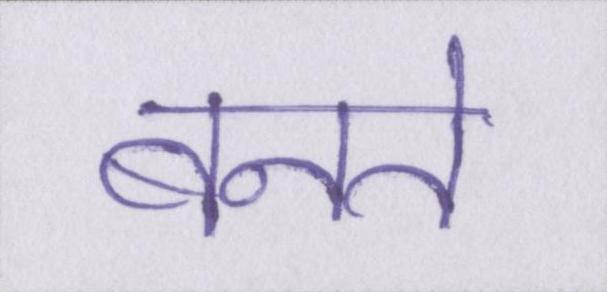
बनते